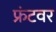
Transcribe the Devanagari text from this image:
फ्रंटवर